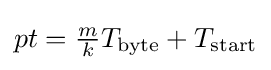
{\textstyle pt={\frac {m}{k}}T_{\text{byte}}+T_{\text{start}}}